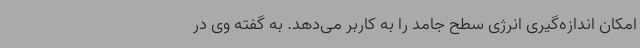
امکان اندازه‌گیری انرژی سطح جامد را به کاربر می‌دهد. به گفته وی در